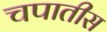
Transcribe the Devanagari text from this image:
चपातीस